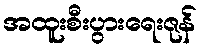
အထူးစီးပွားရေးဇုန်